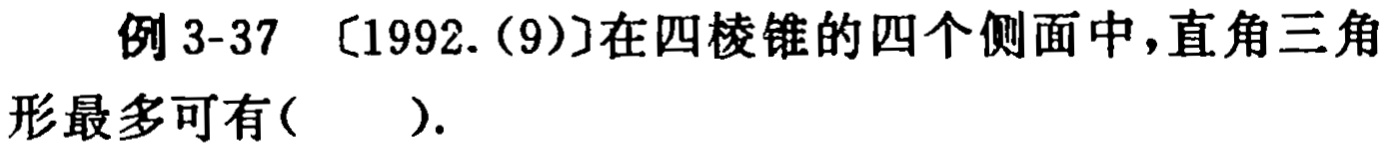
例 3-37 [1992.(9)]在四棱锥的四个侧面中，直角三角形最多可有(  ).